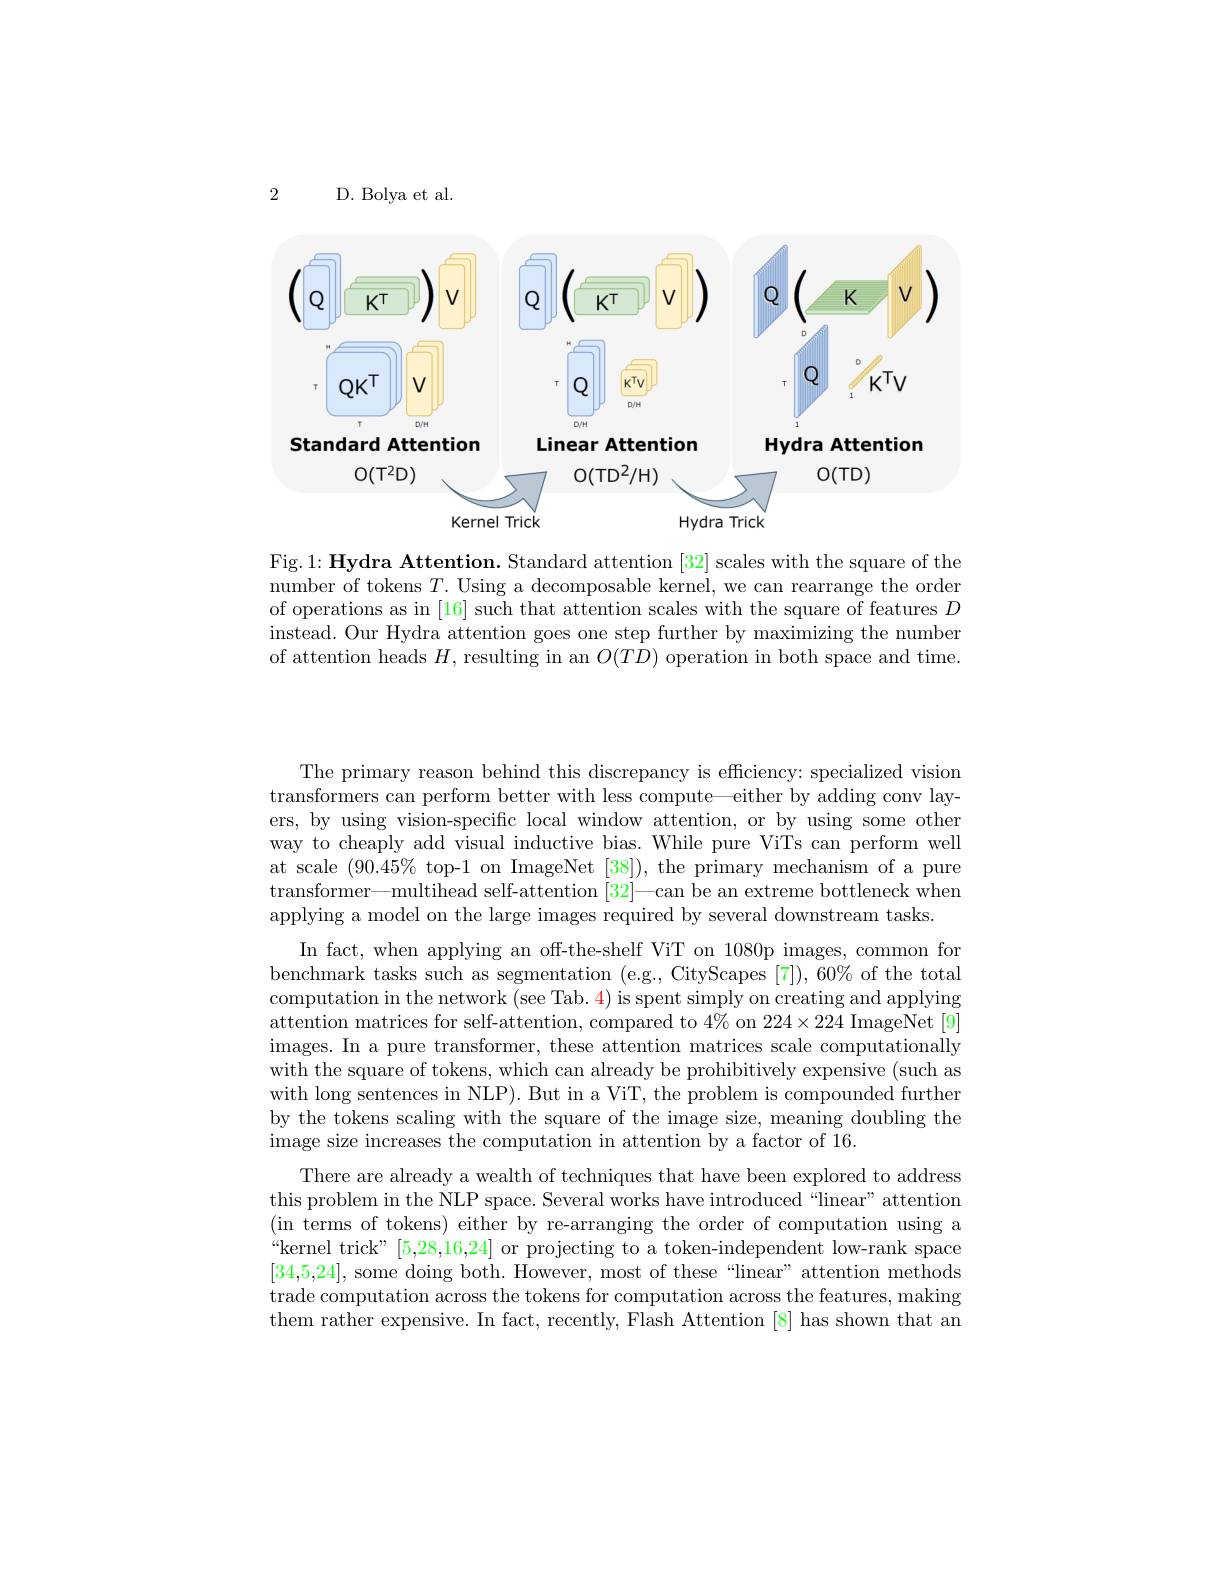
2

D. Bolya et al.

<FigureHere>
Linear Attention

Hydra Attention
$O(TD)$

Standard Attention
$\mathcal{O}(\mathcal{T}^2\mathcal{D})$

$\mathcal{O}(TD^2/H)$
Kernel Trick
Hydra Trick

Fig.1: Hydra Attention. Standard attention [32] scales with the square of the number of tokens $T.$ Using a decomposable kernel, we can rearrange the order of operations as in [16] such that attention scales with the square of features $D$ instead. Our Hydra attention goes one step further by maximizing the number of attention heads $H$, resulting in an $O(TD)$ operation in both space and time.

The primary reason behind this discrepancy is efficiency: specialized vision transformers can perform better with less compute—either by adding conv layers, by using vision-specific local window attention, or by using some other way to cheaply add visual inductive bias. While pure ViTs can perform well at scale $(90.45\%$ top-1 on ImageNet [38]), the primary mechanism of a pure transformer—multihead self-attention $[32]—$can be an extreme bottleneck when applying a model on the large images required by several downstream tasks.
In fact, when applying an off-the-shelf ViT on 1080p images, common for benchmark tasks such as segmentation (e.g., CityScapes [7]), 60% of the total computation in the network (see Tab. 4) is spent simply on creating and applying attention matrices for self-attention, compared to $4\%$ on 224×224 ImageNet [9] images. In a pure transformer, these attention matrices scale computationally with the square of tokens, which can already be prohibitively expensive (such as with long sentences in NLP). But in a ViT, the problem is compounded further by the tokens scaling with the square of the image size, meaning doubling the image size increases the computation in attention by a factor of 16.
There are already a wealth of techniques that have been explored to address this problem in the NLP space. Several works have introduced “linear” attention (in terms of tokens) either by re-arranging the order of computation using a “kernel trick”[5,28,16,24] or projecting to a token-independent low-rank space [34,5,24], some doing both. However, most of these “linear” attention methods trade computation across the tokens for computation across the features, making them rather expensive. In fact, recently, Flash Attention [8] has shown that an